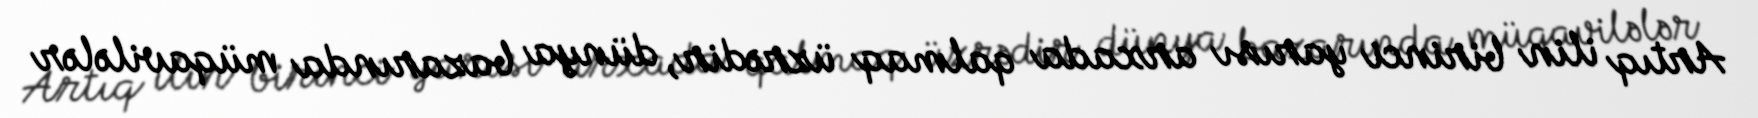
Artıq ilin birinci yarısı arxada qalmaq üzrədir, dünya bazarında müqavilələr